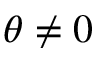
\theta \neq 0